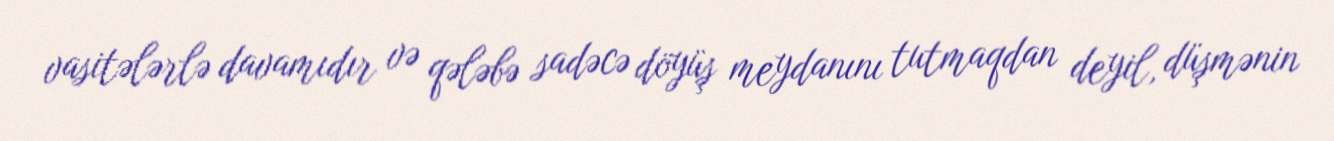
vasitələrlə davamıdır və qələbə sadəcə döyüş meydanını tutmaqdan deyil, düşmənin